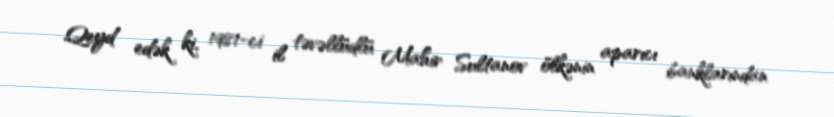
Qeyd edək ki, 1981-ci il təvəllüdlü Mahir Sultanov ölkənin aparıcı banklarından